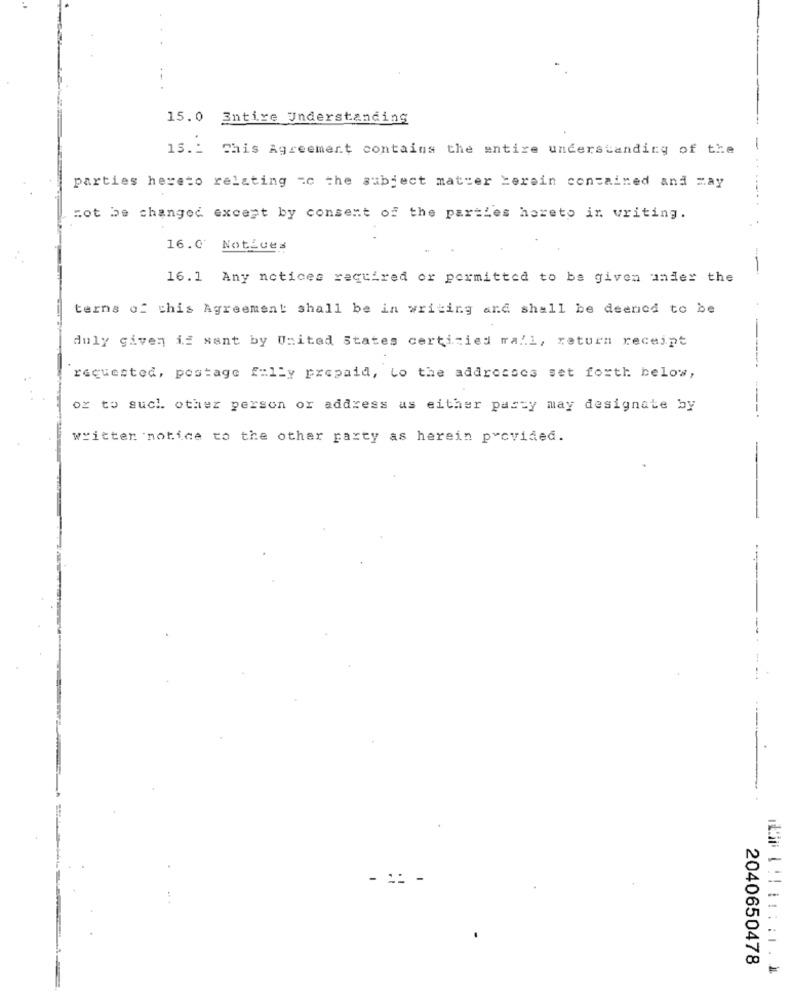
15. 0 Entire Understanding
15 .: This Agreement contains the entire understanding of the
parties hereto relating to the subject matter herein contained and May
not be changed except by consent of the partles horeto in writing.
16.0 Notices
--
16.1 Any notices required or permitted to be given under the
terms of this Agreement shall be in writing and shall be deened to be
duly given if sent by United States certizied mall, return receipt
requested, postage fully prepaid, to the addresses set forth below,
or to such other person or address as either party may designate by
written notice to the other party as herein provided.
- --
2040650478